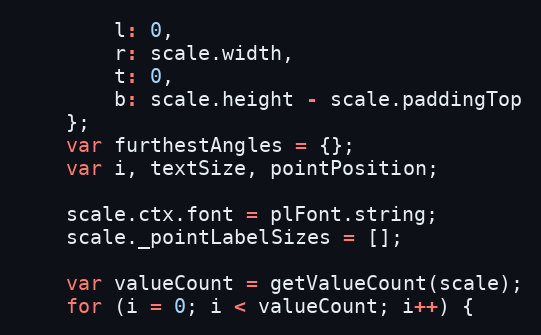
Language: JavaScript
		l: 0,
		r: scale.width,
		t: 0,
		b: scale.height - scale.paddingTop
	};
	var furthestAngles = {};
	var i, textSize, pointPosition;

	scale.ctx.font = plFont.string;
	scale._pointLabelSizes = [];

	var valueCount = getValueCount(scale);
	for (i = 0; i < valueCount; i++) {